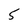
Character: 5